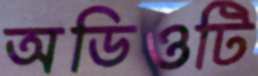
অডিওটি